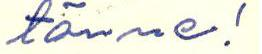
tänne!